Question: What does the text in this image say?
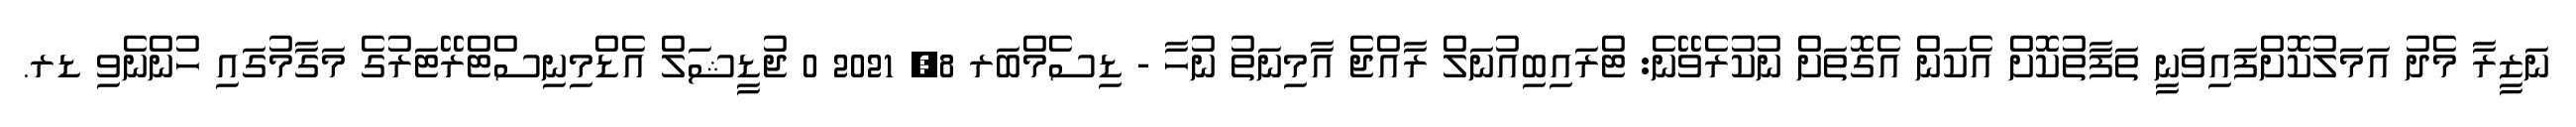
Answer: ނަޒީރާ މެދު އަމަލުކޮށްފައިވަނީ ތަފާތުކޮށް އެކަން އެގޮތަށް ނުކުރެވޭނެ: ޓްރައިބިއުނަލް ރާއްޖެ އާމިނަތު ނުހާ - ޑިސެމްބަރ 8, 2021 0 ޖުޑީޝަލް އެޑްމިނިސްޓްރޭޓަރުގެ މަގާމުގައި ހުންނެވި ޑރ.